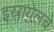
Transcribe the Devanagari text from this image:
इस्रायेलचे